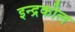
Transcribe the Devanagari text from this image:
इन्द्रकील